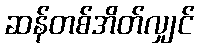
ဆန်တစ်အိတ်လျှင်